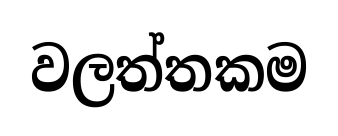
වලත්තකම